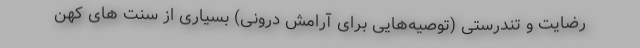
رضایت و تندرستی (توصیه‌هایی برای آرامش درونی) بسیاری از سنت های کهن